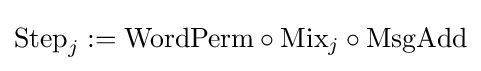
{\textrm {Step}}_{j}:={\textrm {WordPerm}}\circ {\textrm {Mix}}_{j}\circ {\textrm {MsgAdd}}